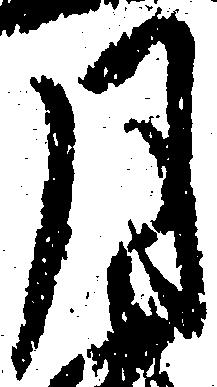
月